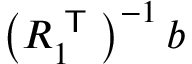
\left( R _ { 1 } ^ { \textsf { T } } \right) ^ { - 1 } b